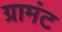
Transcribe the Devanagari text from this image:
ग्रामंट